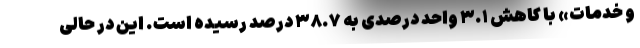
و خدمات» با کاهش ٣.١ واحد درصدی به ٣٨.٧ درصد رسیده است. این در حالی